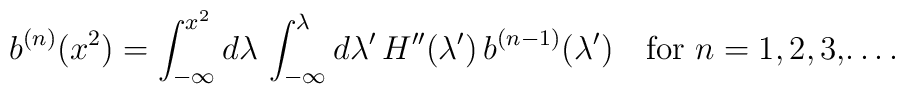
b^{(n)}(x^2) = \int_{-\infty}^{x^2}d\lambda\,\int_{-\infty}^{\lambda}d\lambda '\, H''(\lambda ')\, b^{(n - 1)}(\lambda ')\quad\hbox{for $n = 1, 2, 3,$\dots .}